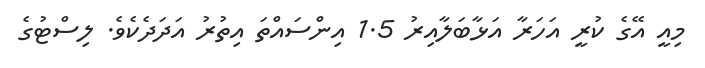
މިއީ އޭގެ ކުރީ އަހަރާ އަޅާބަލާއިރު 1.5 އިންސައްތަ އިތުރު އަދަދެކެވެ. ލިސްޓުގެ